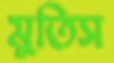
মুতিস